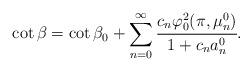
LaTeX: \begin{align*} \cot \beta = \cot \beta_0 + \sum_{n=0}^{\infty} \cfrac{c_n \varphi_0^2(\pi, \mu_n^0)}{1 + c_n a_n^0}.\end{align*}